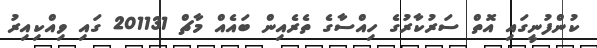
ކުންފުނީގައި އޮތް ސަރުކާރުގެ ހިއްސާގެ ތެރެއިން ބައެއް މާޗް 201131 ގައި ވިއްކިއިރު